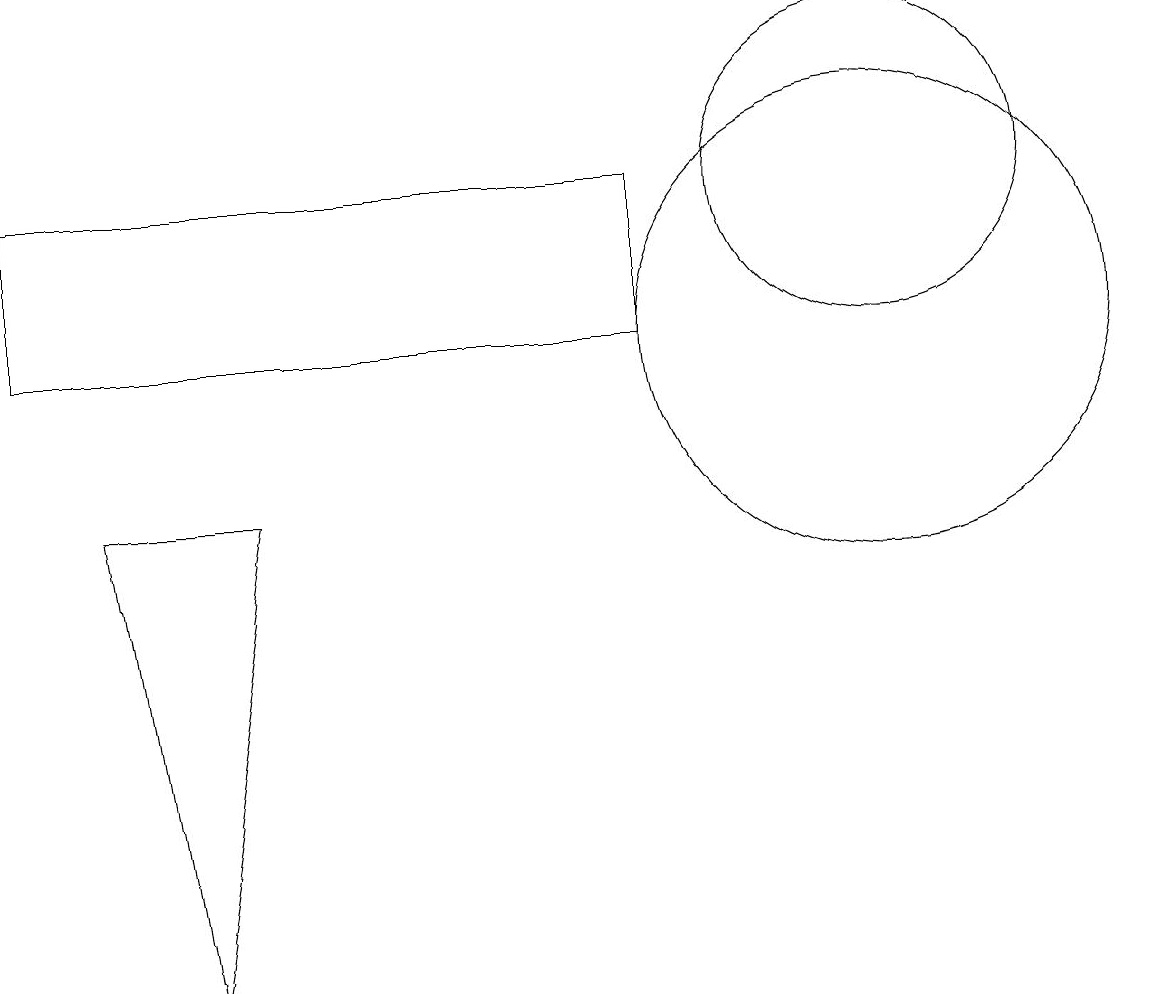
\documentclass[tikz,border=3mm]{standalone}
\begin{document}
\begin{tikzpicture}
\draw (1,8) -- (2,2) -- (3,8) -- cycle;
\draw (11,10) circle (3);
\draw (11,12) circle (2);
\draw (8,10) rectangle (0,12);
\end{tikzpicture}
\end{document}